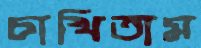
চাখিতাম